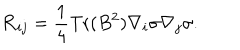
{ \cal R } _ { i j } = \frac { 1 } { 4 } \mathrm { T r } ( B ^ { 2 } ) \nabla _ { i } \sigma \nabla _ { j } \sigma .